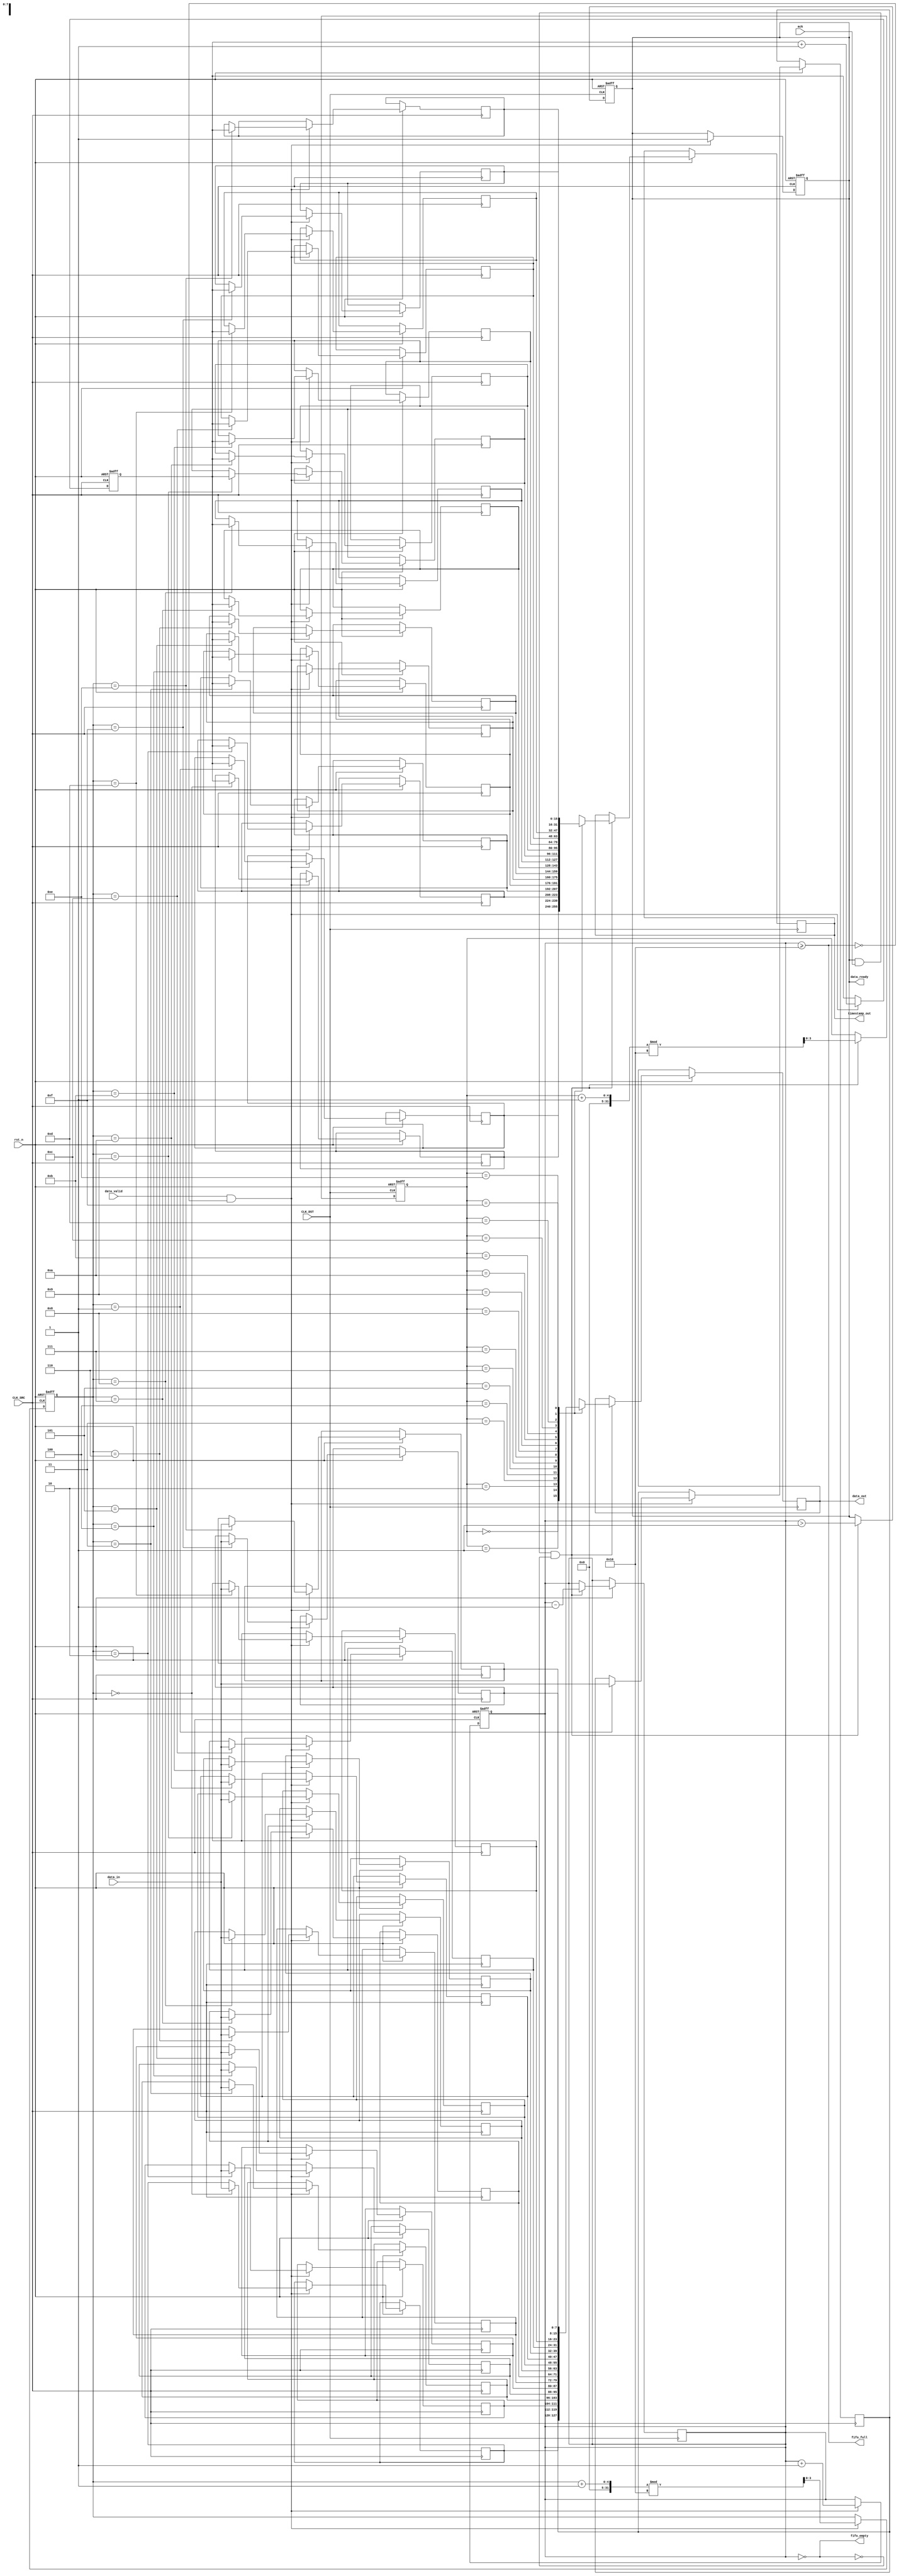
module TimeStampedSynchronizer #(
    parameter DATA_WIDTH = 8,       // Width of the data
    parameter TIMESTAMP_WIDTH = 16, // Width of the timestamp
    parameter FIFO_DEPTH = 16        // Depth of the FIFO buffer
)(
    input wire CLK_SRC,              // Source clock
    input wire CLK_DST,              // Destination clock
    input wire rst_n,                // Active low reset
    input wire [DATA_WIDTH-1:0] data_in, // Data input from source clock domain
    input wire data_valid,           // Data valid signal from source
    output wire [DATA_WIDTH-1:0] data_out, // Data output to destination clock domain
    output wire [TIMESTAMP_WIDTH-1:0] timestamp_out, // Timestamp output
    output wire data_ready,          // Data ready signal for destination
    input wire ack,                  // Acknowledgment signal from destination
    output wire fifo_full,           // FIFO full indicator
    output wire fifo_empty           // FIFO empty indicator
);

    // FIFO Buffer
    reg [DATA_WIDTH-1:0] fifo_data[FIFO_DEPTH-1:0];
    reg [TIMESTAMP_WIDTH-1:0] fifo_timestamp[FIFO_DEPTH-1:0];
    reg [3:0] write_pointer;
    reg [3:0] read_pointer;
    reg [3:0] fifo_count;

    // Timestamp Counter
    reg [TIMESTAMP_WIDTH-1:0] timestamp_counter;

    // Handshake signals
    reg data_ready_reg;
    reg ack_reg;

    // Reset and initialization
    always @(posedge CLK_SRC or negedge rst_n) begin
        if (!rst_n) begin
            write_pointer <= 0;
            fifo_count <= 0;
            timestamp_counter <= 0;
            data_ready_reg <= 0;
        end else if (data_valid && !fifo_full) begin
            // Store data and timestamp in FIFO
            fifo_data[write_pointer] <= data_in;
            fifo_timestamp[write_pointer] <= timestamp_counter;
            write_pointer <= (write_pointer + 1) % FIFO_DEPTH;
            fifo_count <= fifo_count + 1;
            timestamp_counter <= timestamp_counter + 1; // Increment timestamp
            data_ready_reg <= 1; // Indicate data is ready
        end
    end

    // Acknowledge and read data in destination clock domain
    always @(posedge CLK_DST or negedge rst_n) begin
        if (!rst_n) begin
            read_pointer <= 0;
            data_ready_reg <= 0;
            ack_reg <= 0;
        end else if (data_ready_reg && ack && !fifo_empty) begin
            // Read data and timestamp from FIFO
            data_out <= fifo_data[read_pointer];
            timestamp_out <= fifo_timestamp[read_pointer];
            read_pointer <= (read_pointer + 1) % FIFO_DEPTH;
            fifo_count <= fifo_count - 1;
            data_ready_reg <= (fifo_count > 1); // Update data ready signal
        end
    end

    // FIFO full and empty status
    assign fifo_full = (fifo_count >= FIFO_DEPTH);
    assign fifo_empty = (fifo_count == 0);
    assign data_ready = data_ready_reg;

    // Synchronizing control signals to reduce meta-stability
    reg ack_sync_1, ack_sync_2;
    always @(posedge CLK_DST or negedge rst_n) begin
        if (!rst_n) begin
            ack_sync_1 <= 0;
            ack_sync_2 <= 0;
        end else begin
            ack_sync_1 <= ack; // First stage of synchronization
            ack_sync_2 <= ack_sync_1; // Second stage of synchronization
        end
    end

endmodule